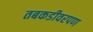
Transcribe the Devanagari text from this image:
तबकडीवरपण